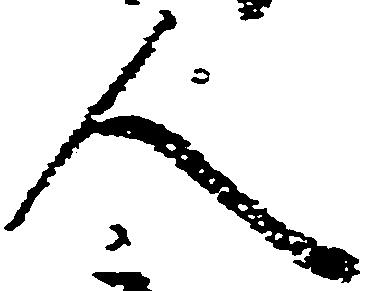
人